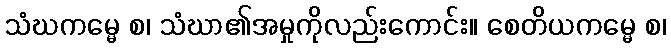
သံဃကမ္မေ စ၊ သံဃာ၏အမှုကိုလည်းကောင်း။ စေတိယကမ္မေ စ၊